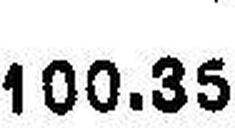
100.35